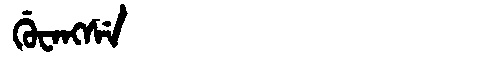
Manchu: ᡤᡠᠸᠠᠩᠰᡝ
Romanization: GUWANGSE